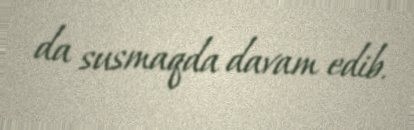
da susmaqda davam edib.